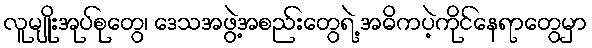
လူမျိုးအုပ်စုတွေ၊ ဒေသအဖွဲ့အစည်းတွေရဲ့ အဓိကပဲ့ကိုင်နေရာတွေမှာ